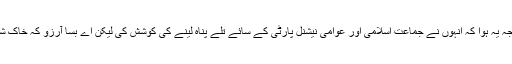
نتیجہ یہ ہوا کہ انہوں نے جماعت اسلامی اور عوامی نیشنل پارٹی کے سائے تلے پناہ لینے کی کوشش کی لیکن اے بسا آرزو کہ خاک شدہ۔